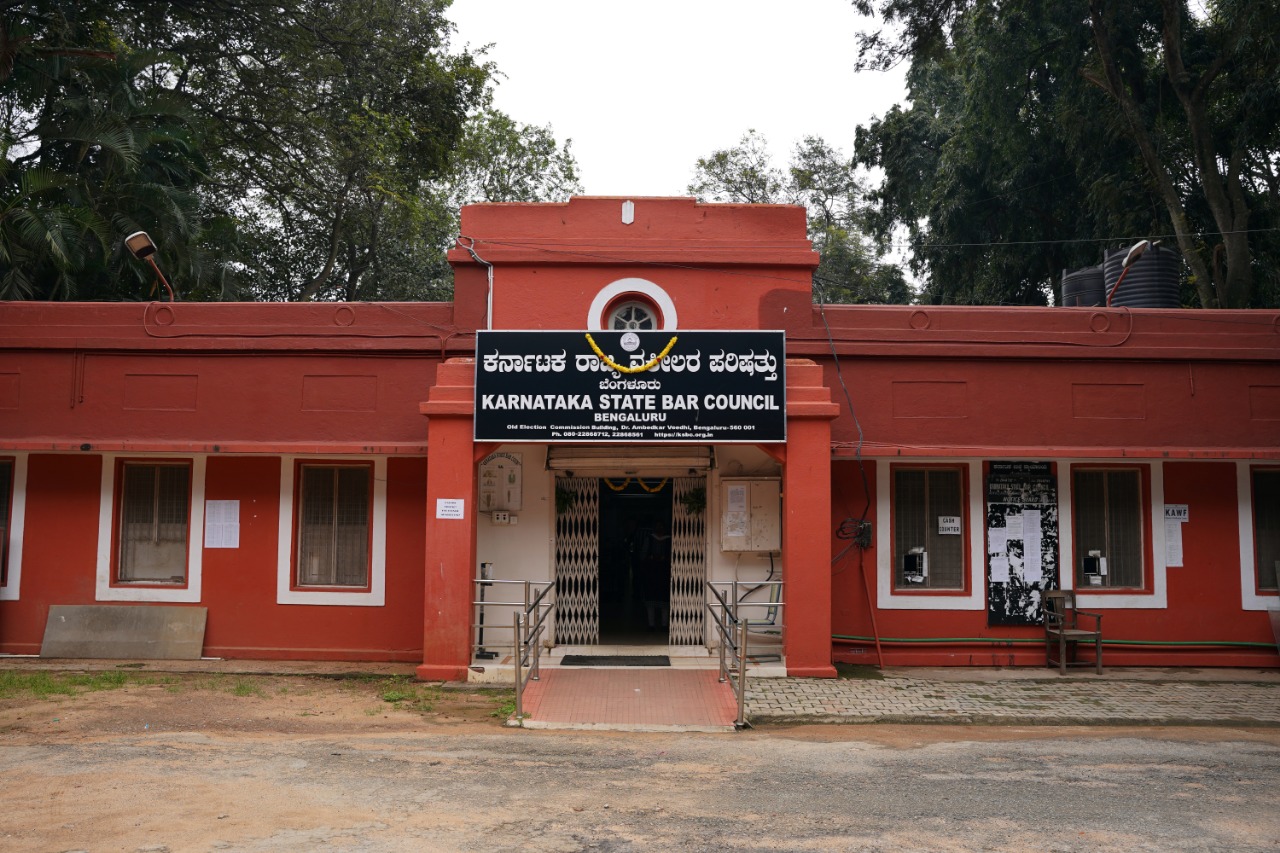
Language: kannada
Transcription: ಪರಿಷತ್ತು ಕರ್ನಾಟಕ